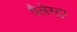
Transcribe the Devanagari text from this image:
पैलेस्ट्रा